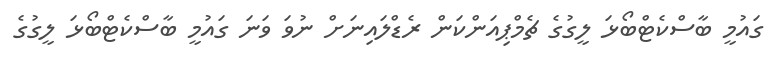
ގައުމީ ބާސްކެޓްބޯޅަ ލީގުގެ ޗެމްޕިއަންކަން ރެޑްލައިނަށް ނުވަ ވަނަ ގައުމީ ބާސްކެޓްބޯޅަ ލީގުގެ